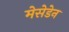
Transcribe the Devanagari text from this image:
मेसेडेन